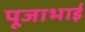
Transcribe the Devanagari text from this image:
पूजाभाई